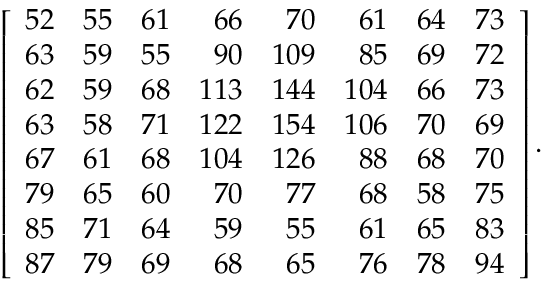
\left[ { \begin{array} { r r r r r r r r } { 5 2 } & { 5 5 } & { 6 1 } & { 6 6 } & { 7 0 } & { 6 1 } & { 6 4 } & { 7 3 } \\ { 6 3 } & { 5 9 } & { 5 5 } & { 9 0 } & { 1 0 9 } & { 8 5 } & { 6 9 } & { 7 2 } \\ { 6 2 } & { 5 9 } & { 6 8 } & { 1 1 3 } & { 1 4 4 } & { 1 0 4 } & { 6 6 } & { 7 3 } \\ { 6 3 } & { 5 8 } & { 7 1 } & { 1 2 2 } & { 1 5 4 } & { 1 0 6 } & { 7 0 } & { 6 9 } \\ { 6 7 } & { 6 1 } & { 6 8 } & { 1 0 4 } & { 1 2 6 } & { 8 8 } & { 6 8 } & { 7 0 } \\ { 7 9 } & { 6 5 } & { 6 0 } & { 7 0 } & { 7 7 } & { 6 8 } & { 5 8 } & { 7 5 } \\ { 8 5 } & { 7 1 } & { 6 4 } & { 5 9 } & { 5 5 } & { 6 1 } & { 6 5 } & { 8 3 } \\ { 8 7 } & { 7 9 } & { 6 9 } & { 6 8 } & { 6 5 } & { 7 6 } & { 7 8 } & { 9 4 } \end{array} } \right] .